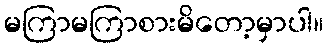
မကြာမကြာစားမိတော့မှာပါ။